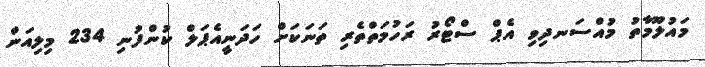
މައުލޫމާތު މުއްސަނދިވި އެޕް ސްޓޯރު ރަހުމަތްތެރި ތަނަކަށް ހަދަނީއެޕަލް ކުންފުނި 234 މިލިއަން